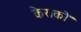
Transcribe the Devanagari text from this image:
केराको